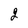
Character: 2